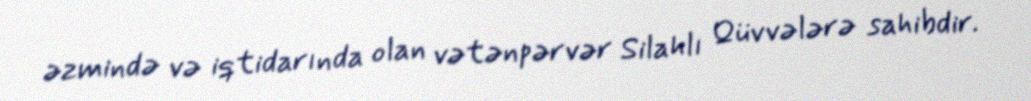
əzmində və iqtidarında olan vətənpərvər Silahlı Qüvvələrə sahibdir.